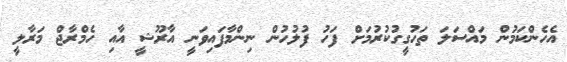
އެހެންކަމުން މައްސަލަ ތަހުގީގުކުރުމަށް ފަހު ފުލުހުން ނިންމާފައިވަނީ އާރޫޝީ އާއި ހެމްރާޖް މަރާލީ